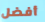
أفضل